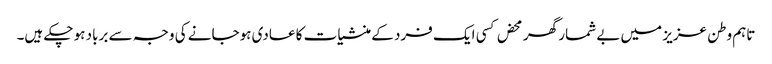
تاہم وطن عزیز میں بے شمار گھر محض کسی ایک فرد کے منشیات کا عادی ہوجانے کی وجہ سے برباد ہو چکے ہیں۔